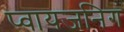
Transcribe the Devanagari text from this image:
प्वायजनिगं